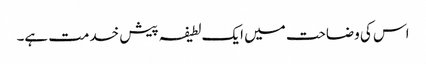
اس کی وضاحت میں ایک لطیفہ پیش خدمت ہے۔